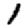
Digit: 1